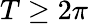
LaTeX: T\ge 2\pi